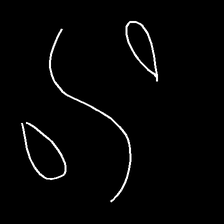
Glyph: water